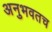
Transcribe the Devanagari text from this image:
अनुभवतच